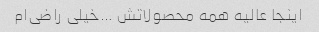
اینجا عالیه همه محصولاتش …خیلی‌ راضی‌ام